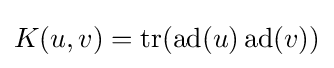
K(u,v)=\operatorname {tr} (\operatorname {ad} (u)\operatorname {ad} (v))